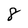
Character: 8